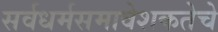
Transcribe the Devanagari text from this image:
सर्वधर्मसमावेशकतेचे